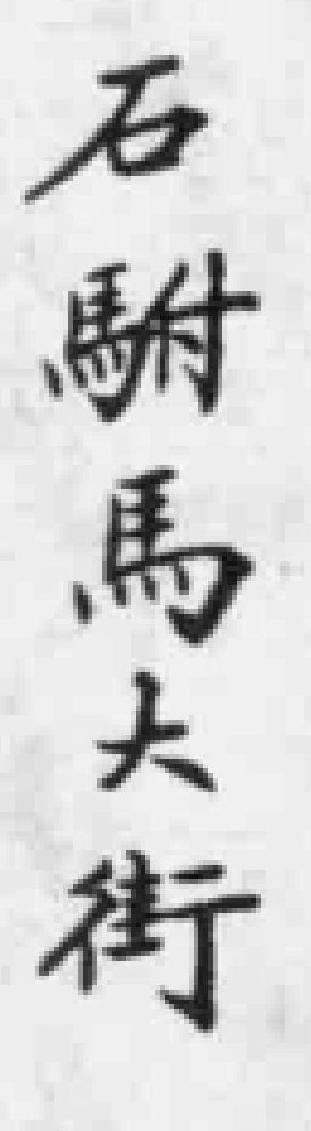
石駙馬大街